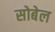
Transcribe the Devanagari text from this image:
सोबेल